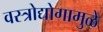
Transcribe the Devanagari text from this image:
वस्त्रोद्योगामुळे